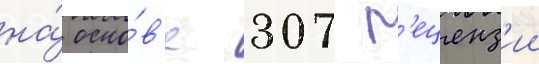
на́ осно́в'е 307 р'еценз'ии